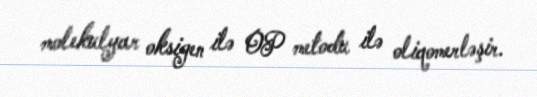
molekulyar oksigen ilə OP metodu ilə oliqomerləşir.